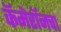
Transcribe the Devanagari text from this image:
कॅमेरॉनचा